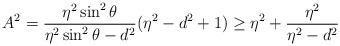
LaTeX: \begin{align*}A^2=\frac{\eta^2\sin^2\theta }{ \eta^2 \sin^2\theta-d^2}(\eta^2-d^2+1)\geq \eta^2+\frac{\eta^2}{\eta^2-d^2}\end{align*}